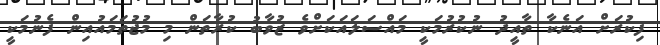
ފިކުރަށް އަނެކާ ތާއީދު ނުކުރުމަކީ މައްސަލައަކަށްވެ ޒުވާބު ކުރާތަން މި މުޖުތަމައުއިން ފެނުމަކީ